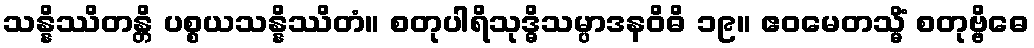
သန္နိဿိတန္တိ ပစ္စယသန္နိဿိတံ။ စတုပါရိသုဒ္ဓိသမ္ပာဒနဝိဓိ ၁၉။ ဧဝမေတသ္မိံ စတုဗ္ဗိဓေ